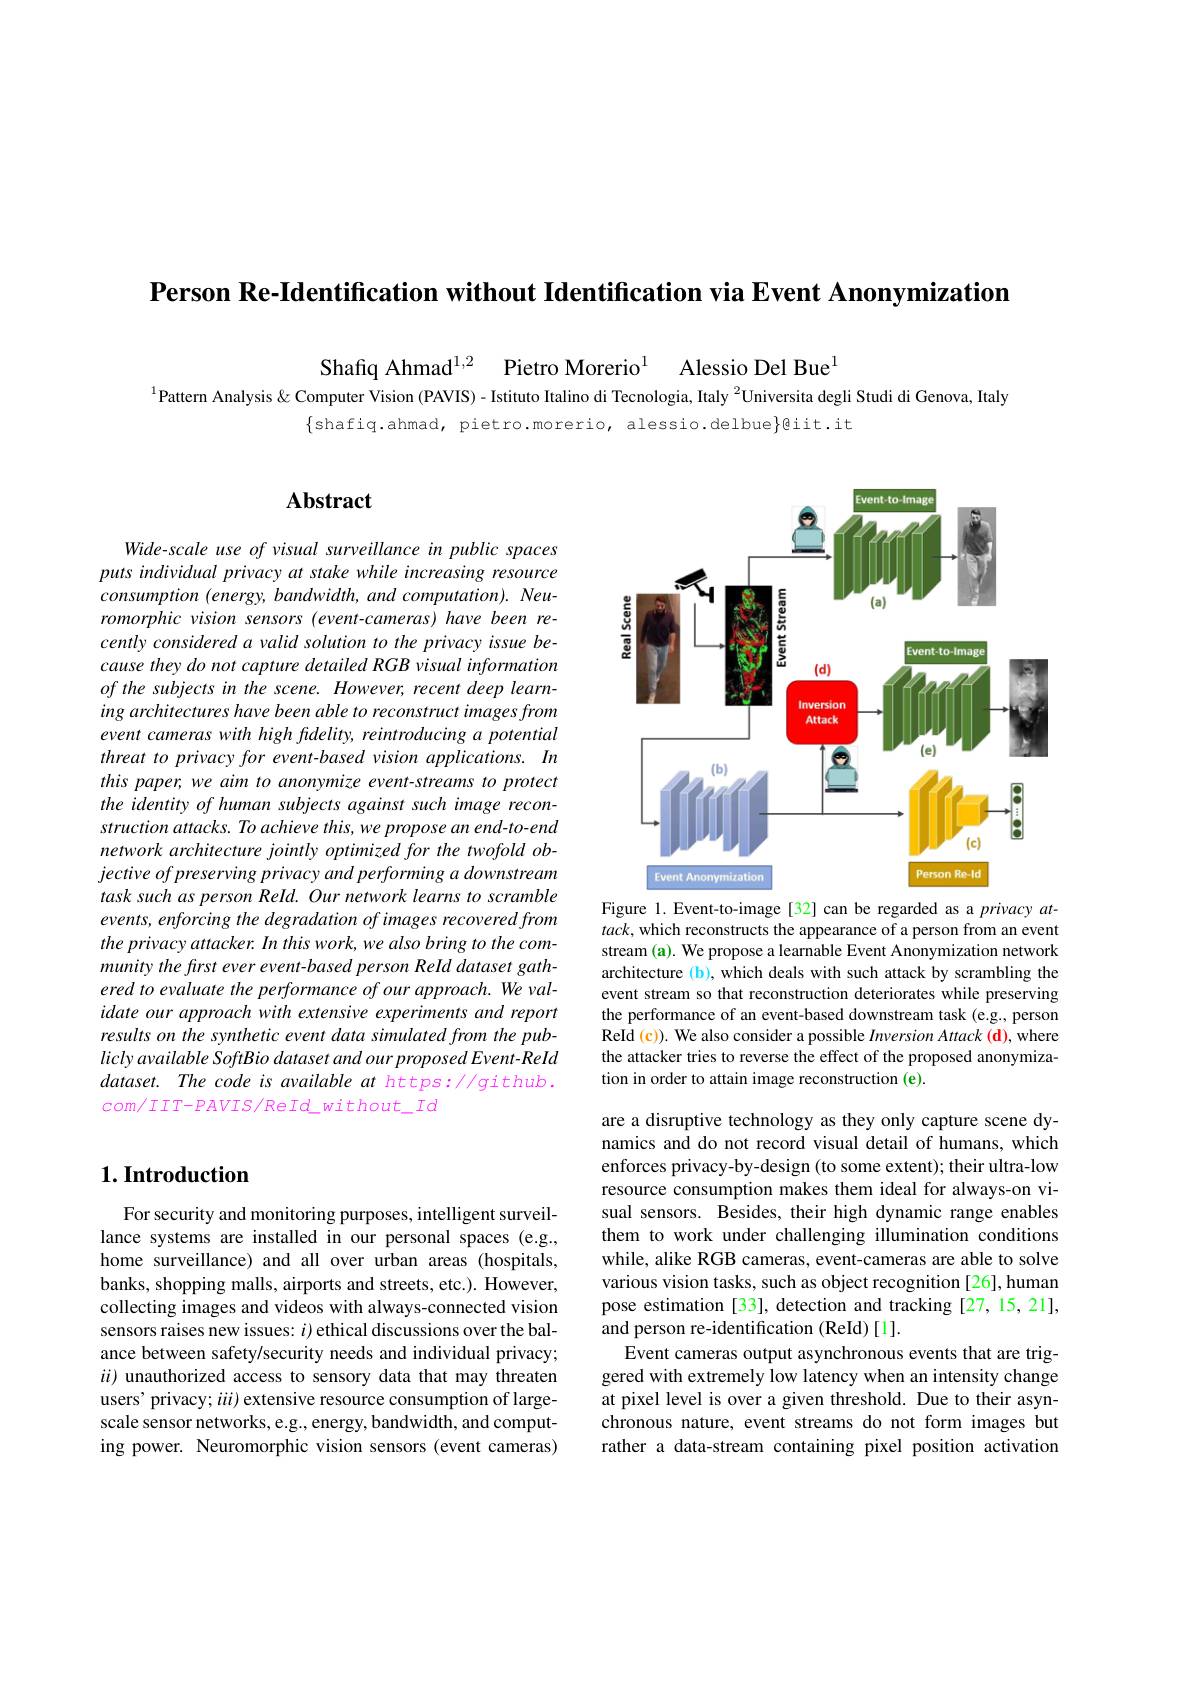
Person Re-Identification without Identification via Event Anonymization

Shafiq Ahmad$^{1, 2}$ Pietro Morerio$^{1}$ Alessio Del Bue$^{1}$
$^{1}$Pattern Analysis & Computer Vision (PAVIS) - Istituto Italino di Tecnologia, Italy $^{2}$Universita degli Studi di Genova, Italy
$\{$shafiq.ahmad, pietro.morerio, alessio.delbue$\}$@iit.it

## $\mathbf{Abstract}$

<FigureHere>
Figure 1. Event-to-image[32] can be regarded as a privacy at-

Wide-scale use of visual surveillance in public spaces puts individual privacy at stake while increasing resource $consumption~(energy,bandwidth,and~computation).Neu-$ romorphic vision sensors (event-cameras) have been recently considered a valid solution to the privacy issue because they do not capture detailed RGB visual information $ofthesubjectsinthescene.However,recentdeeplearn-$ ing architectures have been able to reconstruct images from event cameras with high fidelity, reintroducing a potential threat to privacy for event-based vision applications. In this paper, we aim to anonymize event-streams to protect the identity of human subjects against such image reconstruction attacks. To achieve this, we propose an end-to-end network architecture jointly optimized for the twofold objective of preserving privacy and performing a downstream task such as person Reld. Our network learns to scramble events, enforcing the degradation of images recovered from the privacy attacker. In this work, we also bring to the community the first ever event-based person Reld dataset gathered to evaluate the performance of our approach. We validate our approach with extensive experiments and report results on the synthetic event data simulated from the publicly available SoftBio dataset and our proposed Event-ReId dataset. The code is available at https://github. $com/IIT-PAVIS/ReId_{without\_Id}$

$tack$, which reconstructs the appearance of a person from an event stream (a). We propose a learnable Event Anonymization network architecture (b), which deals with such attack by scrambling the event stream so that reconstruction deteriorates while preserving the performance of an event-based downstream task (e.g., person ReId (c)). We also consider a possible Inversion Attack (d), where the attacker tries to reverse the effect of the proposed anonymization in order to attain image reconstruction (e).

# 1. Introduction

are a disruptive technology as they only capture scene dynamics and do not record visual detail of humans, which enforces privacy-by-design (to some extent); their ultra-low resource consumption makes them ideal for always-on visual sensors. Besides, their high dynamic range enables them to work under challenging illumination conditions while, alike RGB cameras, event-cameras are able to solve various vision tasks, such as object recognition [26], human pose estimation [33], detection and tracking [27,15,21], and person re-identification (ReId)[1].
Event cameras output asynchronous events that are triggered with extremely low latency when an intensity change at pixel level is over a given threshold. Due to their asynchronous nature, event streams do not form images but rather a data-stream containing pixel position activation

For security and monitoring purposes, intelligent surveillance systems are installed in our personal spaces (e.g., home surveillance) and all over urban areas (hospitals, banks, shopping malls, airports and streets, etc.). However, collecting images and videos with always-connected vision sensors raises new issues: $i$) ethical discussions over the balance between safety/security needs and individual privacy; $ii)$ unauthorized access to sensory data that may threaten users' privacy; iii) extensive resource consumption of largescale sensor networks, e.g., energy, bandwidth, and computing power. Neuromorphic vision sensors (event cameras)